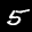
Label: 5